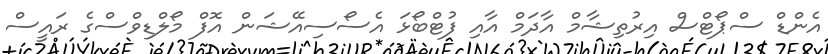
އެންޑް ސްޕޯޓްސް އިރުތިޝާމް އާދަމް އާއި ފުޓްބޯޅަ އެސޯސިއޭޝަން އޮފް މޯލްޑިވްސްގެ ރައީސް